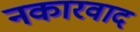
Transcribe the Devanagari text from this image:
नकारवाद